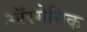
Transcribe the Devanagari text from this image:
ऑरगेनिक